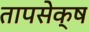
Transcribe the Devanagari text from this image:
तापसेक्ष